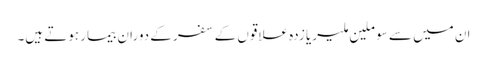
ان میں سے سو ملین ملیریا زدہ علاقوں کے سفر کے دوران بیمار ہوتے ہیں۔